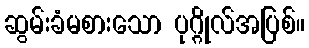
ဆွမ်းခံမစားသော ပုဂ္ဂိုလ်အပြစ်။